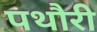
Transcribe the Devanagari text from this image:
पथौरी